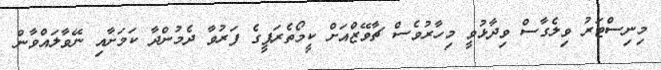
މިނިސްޓަރު ވިލެގާސް ވިދާޅުވީ މިހާރުވެސް ޗާވޭޒްއަށް ކީމޯތެރަޕީގެ ފަރުވާ ދެމުންދާ ކަމަށާއި ނޭވާލައްވާން